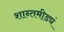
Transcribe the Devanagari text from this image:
शान्तमीड्यं